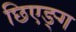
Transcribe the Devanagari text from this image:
छिएङ्ग